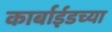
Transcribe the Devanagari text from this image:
कार्बाईडच्या